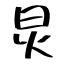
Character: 炅